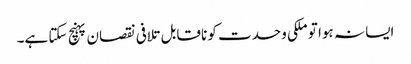
ایسا نہ ہوا تو ملکی وحدت کو ناقابل تلافی نقصان پہنچ سکتا ہے۔